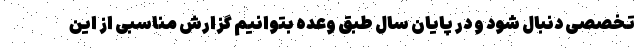
تخصصی دنبال شود و در پایان سال طبق وعده بتوانیم گزارش مناسبی از این